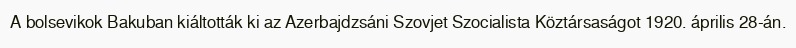
A bolsevikok Bakuban kiáltották ki az Azerbajdzsáni Szovjet Szocialista Köztársaságot 1920. április 28-án.